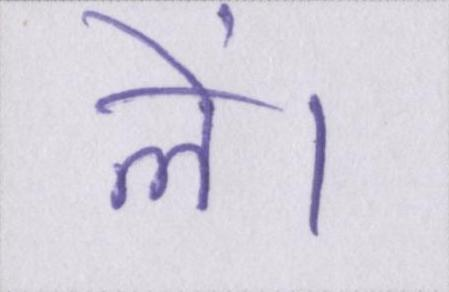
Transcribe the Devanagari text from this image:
लें।